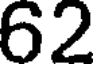
62